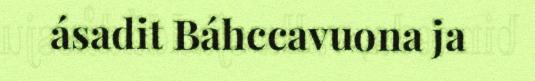
ásadit Báhccavuona ja